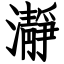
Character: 瀞